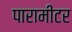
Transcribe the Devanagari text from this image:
पारामीटर